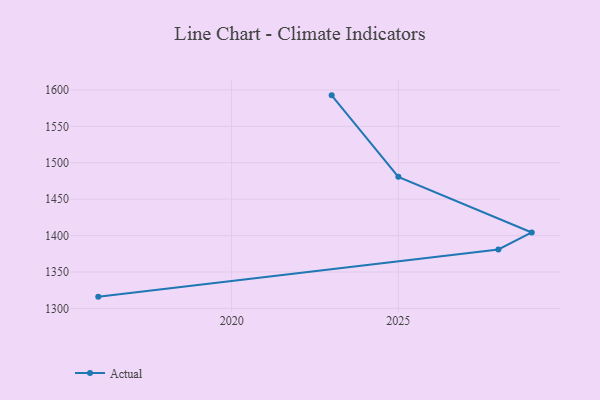
{"axis": {"x": "Year", "y": "Gross Profit (USD K)"}, "legend": ["Actual"], "data": [{"x": "2023", "y": 1592.5, "type": "Actual"}, {"x": "2025", "y": 1480.7, "type": "Actual"}, {"x": "2029", "y": 1404.3, "type": "Actual"}, {"x": "2028", "y": 1381.0, "type": "Actual"}, {"x": "2016", "y": 1316.2, "type": "Actual"}]}